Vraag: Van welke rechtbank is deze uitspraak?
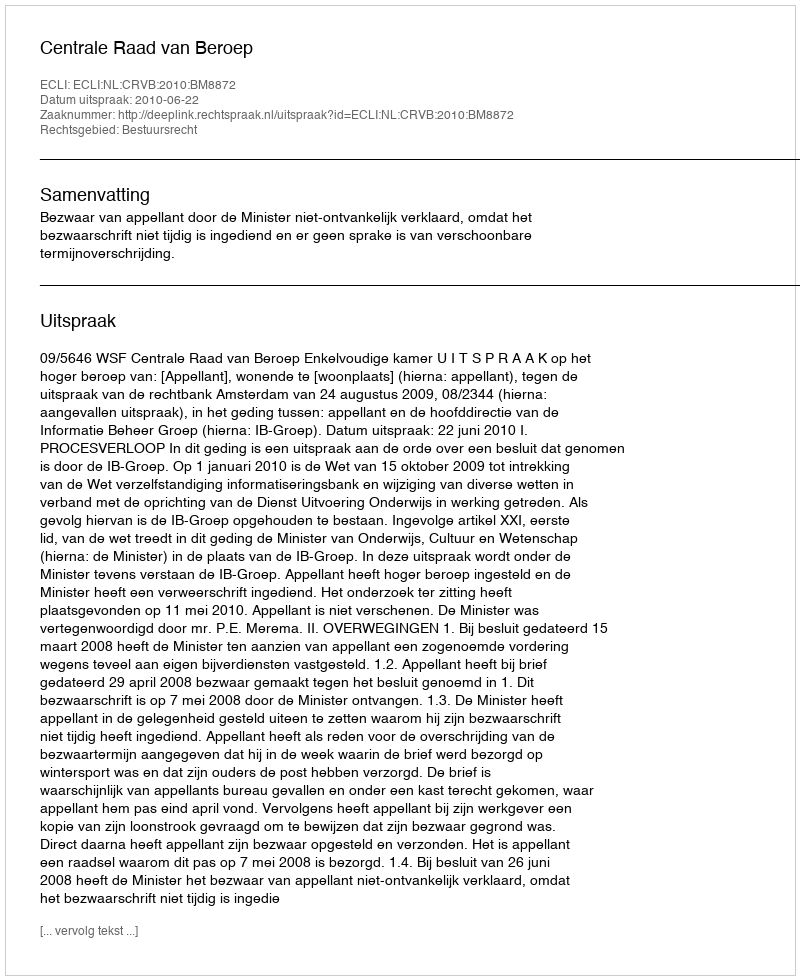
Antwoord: Centrale Raad van Beroep